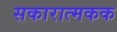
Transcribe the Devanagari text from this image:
सकारात्मकक